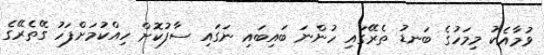
ވުމާއެކު މިމަހުގެ ބަނޑު ތެރޭގައި ހުންނަ ބައިބައި ނަގައި ސާފުކޮށް ހިއްކުމަށްފަހު ގޭތެރޭގެ